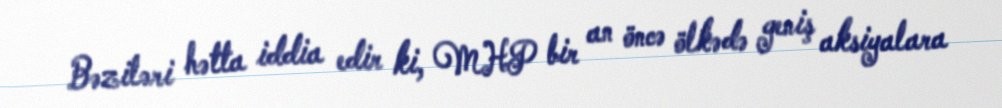
Bəziləri hətta iddia edir ki, MHP bir an öncə ölkədə geniş aksiyalara